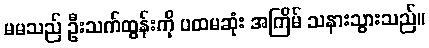
မမသည် ဦးသက်ထွန်းကို ပထမဆုံး အကြိမ် သနားသွားသည်။